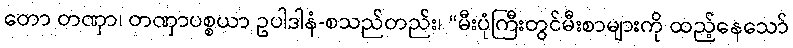
တော တဏှာ၊ တဏှာပစ္စယာ ဥပါဒါနံ-စသည်တည်း၊ “မီးပုံကြီးတွင်မီးစာများကို ထည့်နေသော်